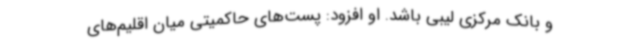
و بانک مرکزی لیبی باشد. او افزود: پست‌های حاکمیتی میان اقلیم‌های